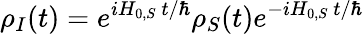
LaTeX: \rho_{I}(t)=e^{iH_{0,S}~t/\hbar}\rho_{S}(t)e^{-iH_{0,S}~t/\hbar}